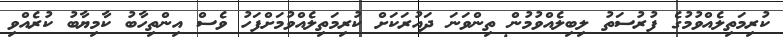
ކުރިމަތިލެއްވުމުގެ ފުރުސަތު ލިބިލެއްވުމުން ތިންވަނަ ދައުރަކަށް ކުރިމަތިލެއްވުމަށްފަހު ވެސް އިންތިހާބު ކާމިޔާބު ކުރެއްވި